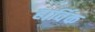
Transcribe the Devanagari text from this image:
हार्विक